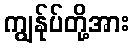
ကျွန်ုပ်တို့အား